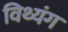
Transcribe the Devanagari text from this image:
विथ्यंग